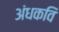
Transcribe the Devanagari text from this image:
अंधकवि